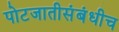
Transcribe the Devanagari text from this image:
पोटजातीसंबंधीच